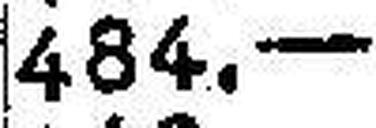
484.—